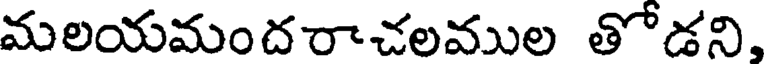
మలయమందరాచలముల తోడని,